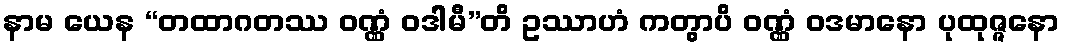
နာမ ယေန “တထာဂတဿ ဝဏ္ဏံ ဝဒါမီ”တိ ဥဿာဟံ ကတွာပိ ဝဏ္ဏံ ဝဒမာနော ပုထုဇ္ဇနော